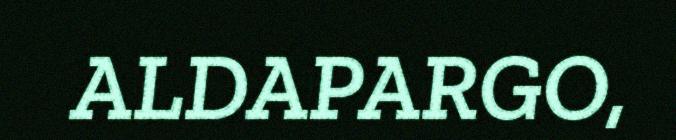
ALDAPARGO,